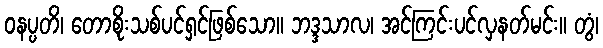
ဝနပ္ပတိ၊ တောစိုးသစ်ပင်ရှင်ဖြစ်သော။ ဘဒ္ဒသာလ၊ အင်ကြင်းပင်လှနတ်မင်း။ တွံ၊